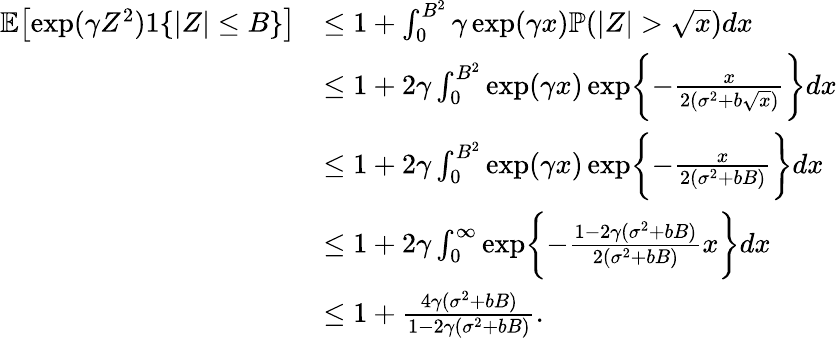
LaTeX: \begin{array}{rl}{\mathbb{E}\bigl[\exp(\gamma Z^{2})1\{ |Z|\leq B\} \bigr]}&{\leq 1+\int_{0}^{B^{2}}\gamma\exp(\gamma x)\mathbb{P}(|Z|>\sqrt{x})dx}\\ &{\leq 1+2\gamma\int_{0}^{B^{2}}\exp(\gamma x)\exp\biggl\{ -\frac{x}{2(\sigma^{2}+b\sqrt{x})}\biggr\} dx}\\ &{\leq 1+2\gamma\int_{0}^{B^{2}}\exp(\gamma x)\exp\biggl\{ -\frac{x}{2(\sigma^{2}+bB)}\biggr\} dx}\\ &{\leq 1+2\gamma\int_{0}^{\infty}\exp\biggl\{ -\frac{1-2\gamma(\sigma^{2}+bB)}{2(\sigma^{2}+bB)}x\biggr\} dx}\\ &{\leq 1+\frac{4\gamma(\sigma^{2}+bB)}{1-2\gamma(\sigma^{2}+bB)}.}\end{array}